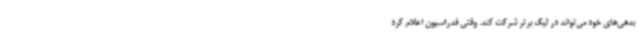
بدهی‌های خود می‌تواند در لیگ برتر شرکت کند. وقتی فدراسیون اعلام کرد